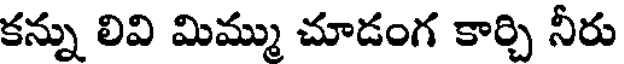
కన్ను లివి మిమ్ము చూడంగ కార్చి నీరు